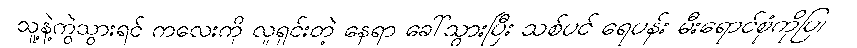
သူ့နဲ့ကွဲသွားရင် ကလေးကို လူရှင်းတဲ့ နေရာ ခေါ်သွားပြီး သစ်ပင် ရေပန်း မီးရောင်စုံကိုပြ၊